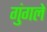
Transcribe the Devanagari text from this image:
गुंगले